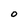
Character: 0